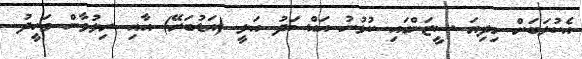
އެކުލަބަށް މިދިޔަ ސީޒަންގައި ކުޅުނު އައްސަދު އަލީ (އަޑުބަރޭ) އާއި ރިލުވާން ވަހީދު